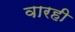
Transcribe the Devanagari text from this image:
वारही